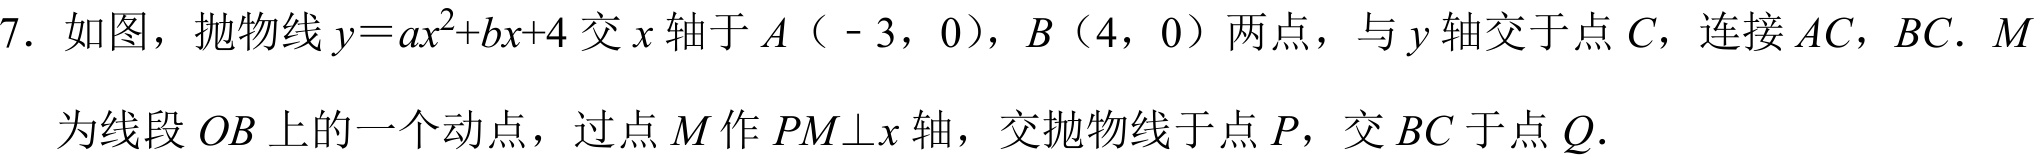
7. 如图，抛物线\(y = ax^{2}+bx + 4\)交\(x\)轴于\(A\)（ - 3，0），\(B\)（4，0）两点，与\(y\)轴交于点\(C\)，连接\(AC\)，\(BC\)．\(M\)为线段\(OB\)上的一个动点，过点\(M\)作\(PM\perp x\)轴，交抛物线于点\(P\)，交\(BC\)于点\(Q\)．